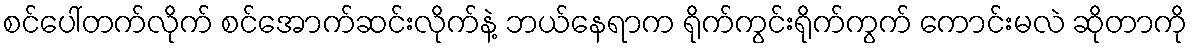
စင်ပေါ်တက်လိုက် စင်အောက်ဆင်းလိုက်နဲ့ ဘယ်နေရာက ရိုက်ကွင်းရိုက်ကွက် ကောင်းမလဲ ဆိုတာကို